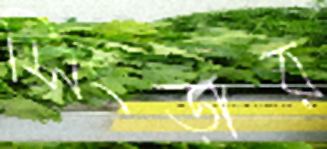
সিংড়ার